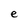
Character: e